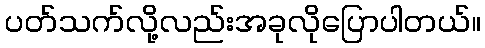
ပတ်သက်လို့လည်းအခုလိုပြောပါတယ်။